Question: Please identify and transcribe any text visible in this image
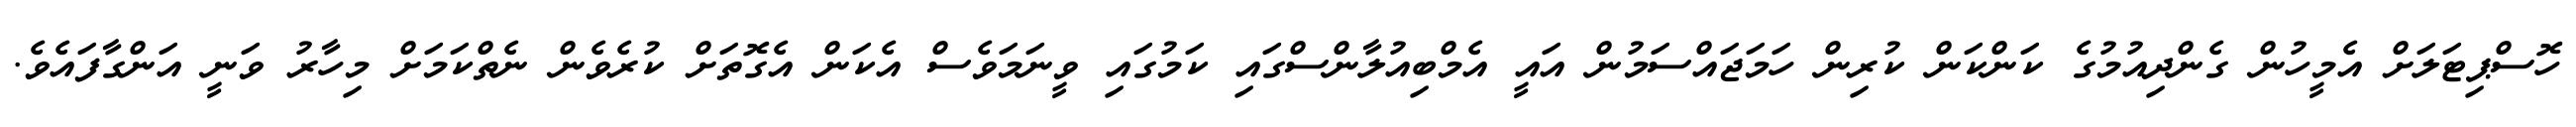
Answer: ހޮސްޕިޓަލަށް އެމީހުން ގެންދިއުމުގެ ކަންކަން ކުރިން ހަމަޖައްސަމުން އައީ އެމްބިއުލާންސްގައި ކަމުގައި ވީނަމަވެސް އެކަން އެގޮތަށް ކުރެވެން ނެތްކަމަށް މިހާރު ވަނީ އަންގާފައެވެ.